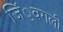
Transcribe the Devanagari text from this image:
जिं्वगली